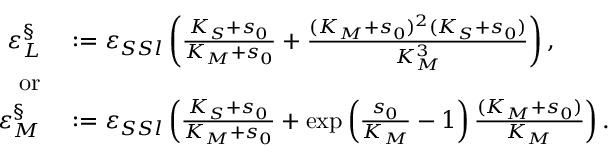
\begin{array} { r l } { \varepsilon _ { L } ^ { \S } } & { { } : = \varepsilon _ { S S l } \left( \frac { K _ { S } + s _ { 0 } } { K _ { M } + s _ { 0 } } + \frac { ( K _ { M } + s _ { 0 } ) ^ { 2 } ( K _ { S } + s _ { 0 } ) } { K _ { M } ^ { 3 } } \right) , } \\ { \mathrm { o r } } \\ { \varepsilon _ { M } ^ { \S } } & { { } : = \varepsilon _ { S S l } \left( \frac { K _ { S } + s _ { 0 } } { K _ { M } + s _ { 0 } } + \exp \left( \frac { s _ { 0 } } { K _ { M } } - 1 \right) \frac { ( K _ { M } + s _ { 0 } ) } { K _ { M } } \right) . } \end{array}